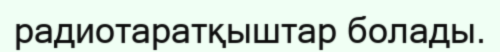
радиотаратқыштар болады.